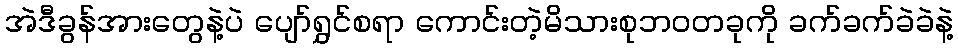
အဲဒီခွန်အားတွေနဲ့ပဲ ပျော်ရွှင်စရာ ကောင်းတဲ့မိသားစုဘဝတခုကို ခက်ခက်ခဲခဲနဲ့